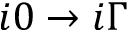
i 0 \to i \Gamma